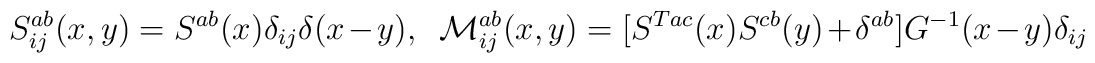
S^{ab}_{ij}(x,y)=S^{ab}(x)\delta_{ij}\delta(x-y), \ \ {\cal  M}^{ab}_{ij}(x,y)=[S^{Tac}(x)S^{cb}(y)+\delta^{ab}]G^{-1}(x-y)\delta_{ij}